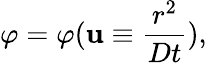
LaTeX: \varphi=\varphi(\mathbf{u}\equiv\frac{{r^{2}}}{{Dt}}),